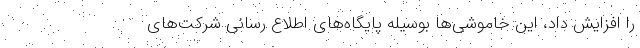
را افزایش داد، این خاموشی‌ها بوسیله پایگاه‌های اطلاع رسانی شرکت‌های